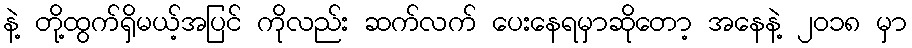
နဲ့ တို့ထွက်ရှိမယ့်အပြင် ကိုလည်း ဆက်လက် ပေးနေရမှာဆိုတော့ အနေနဲ့ ၂၀၁၈ မှာ